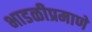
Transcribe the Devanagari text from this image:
भाडळीप्रमाणे